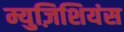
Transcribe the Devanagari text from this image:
म्युज़िशियंस